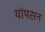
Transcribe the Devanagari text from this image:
थांपसन